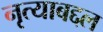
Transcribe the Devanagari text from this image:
नृत्याबद्दल